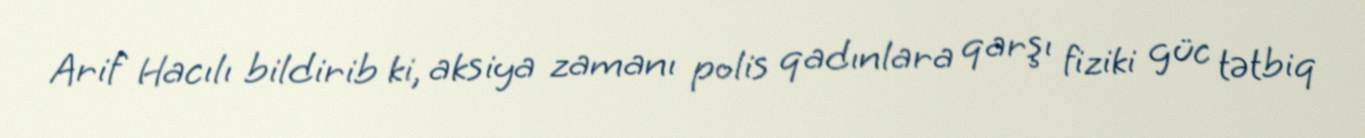
Arif Hacılı bildirib ki, aksiya zamanı polis qadınlara qarşı fiziki güc tətbiq